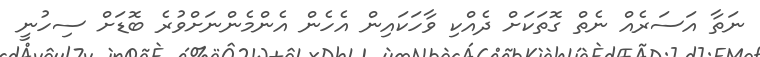
ނަތާ އަސަރެއް ނެތް ގޮތަކަށް ދެއްކި ވާހަކައިން އެހެން އެންމެންނަށްވުރެ ބޮޑަށް ސިހުނީ